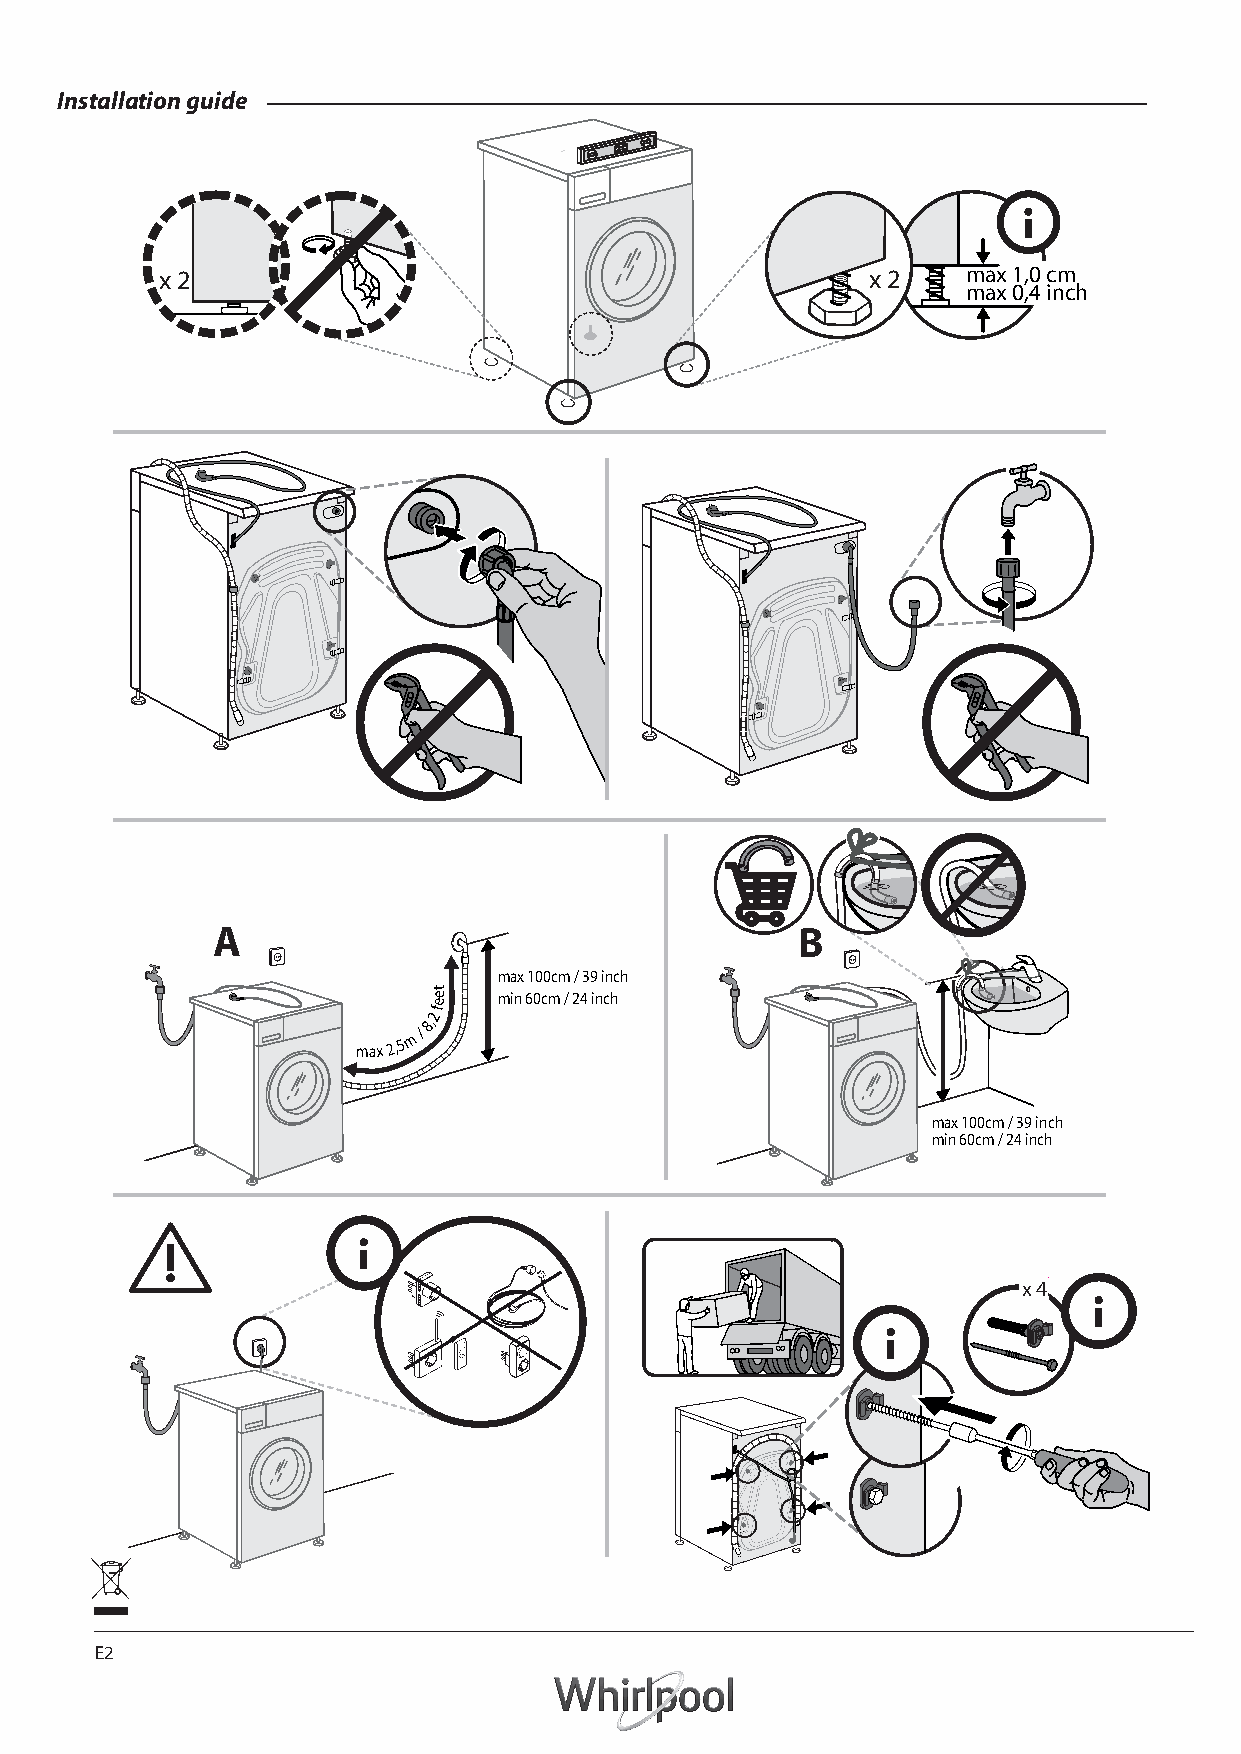
Installation guide
 x 2                                            x 2   max 1,0 cm
 max 0,4 inch
 A                                      B
 max 100cm / 39 inch
 t ee min 60cm / 24 inch
 2
 f
 max
 2,5 m /
 8,
 max 100cm / 39 inch
 min 60cm / 24 inch
 ext  n
 x 4  n
 E2